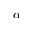
\alpha